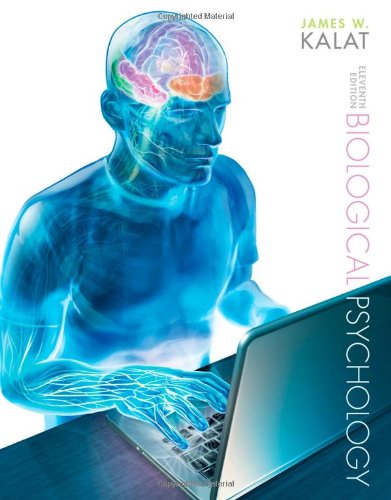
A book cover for Biological Psychology; James W. Kalat; Medical Books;